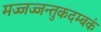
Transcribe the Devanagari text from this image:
मज्जज्जन्तुकदम्बकं